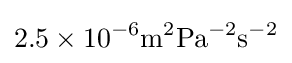
{2.5\times 10^{-6}\mathrm {m} {^{2}}\mathrm {Pa} ^{-2}\mathrm {s} ^{-2}}